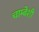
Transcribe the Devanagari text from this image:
चाम्बेशी